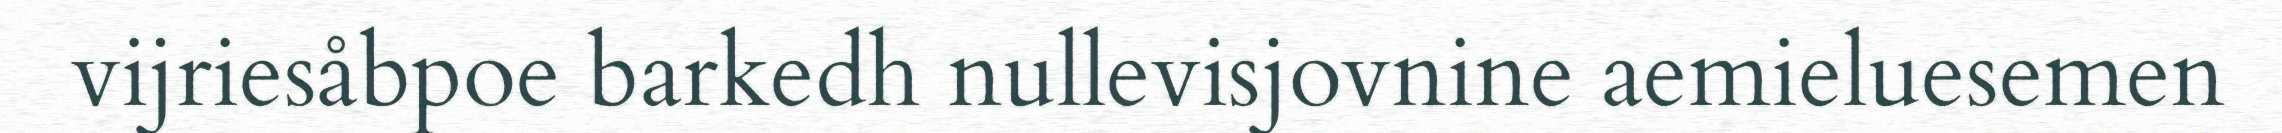
vijriesåbpoe barkedh nullevisjovnine aemieluesemen